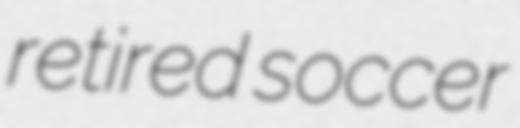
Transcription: retired soccer